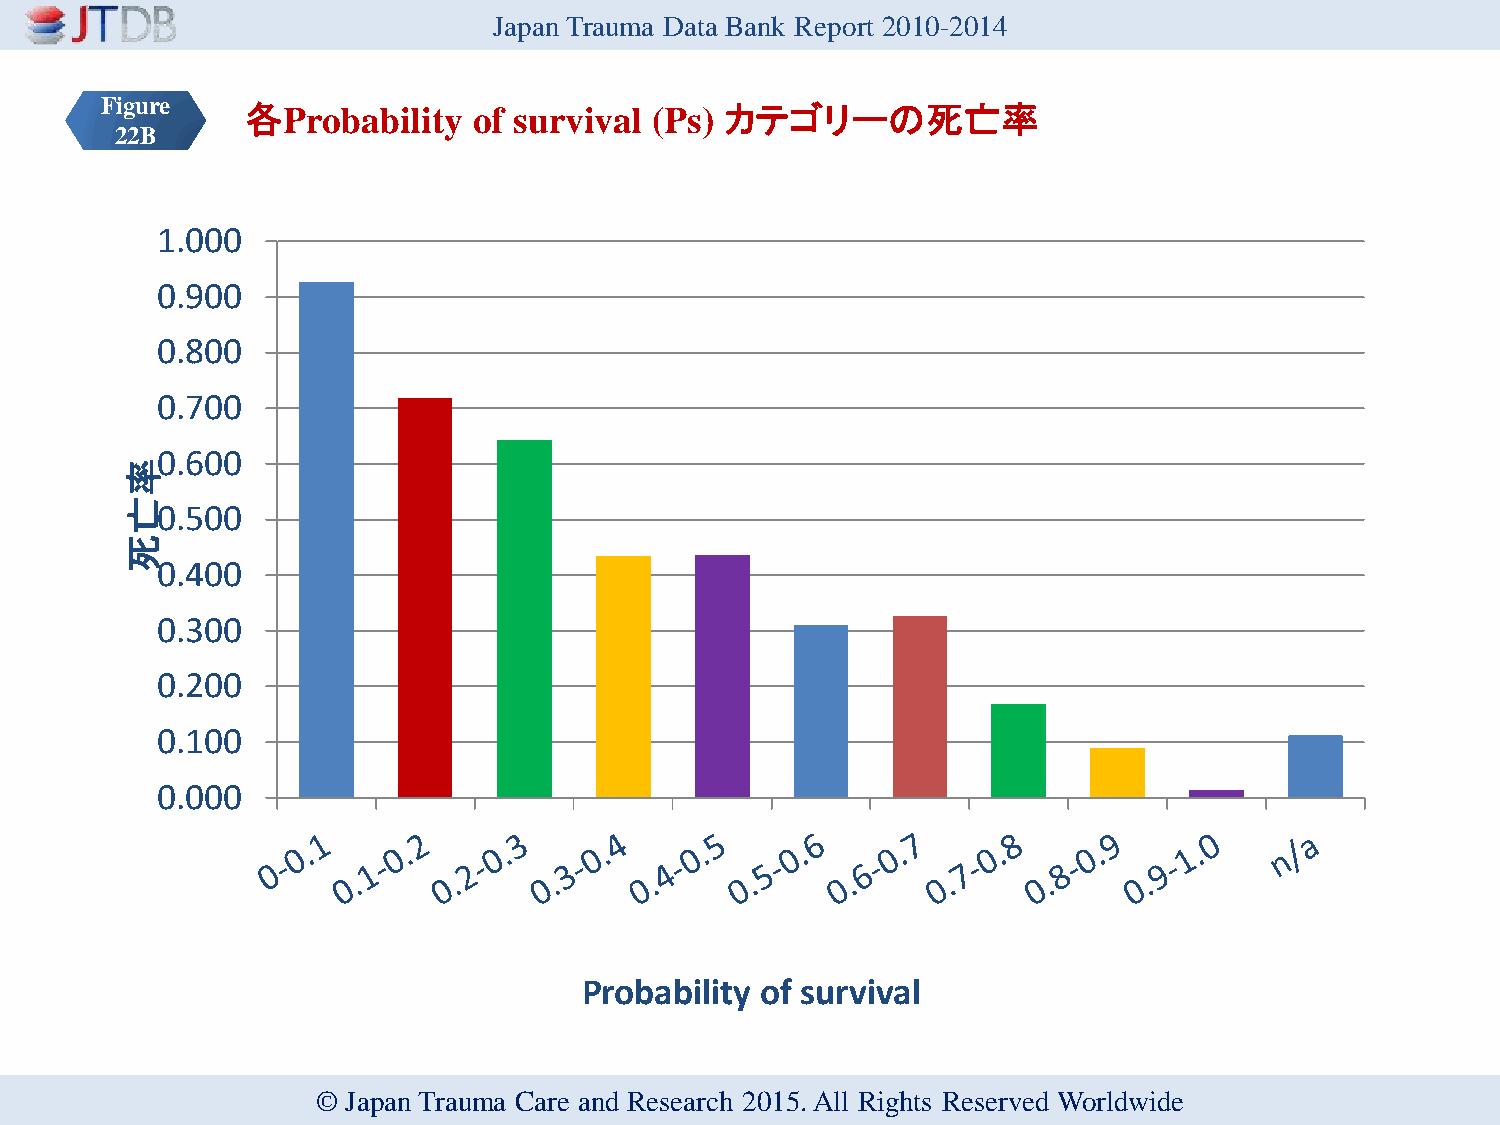
Japan Trauma Data Bank Report 2010-2014
 Figure   各Probability   of survival (Ps) カテゴリーの死亡率
 22B
 1.000
 0.900
 0.800
 0.700
 0.600
 率
 亡0.500
 死
 0.400
 0.300
 0.200
 0.100
 0.000
 Probability of survival
 © Japan Trauma Care and Research 2015. All Rights Reserved Worldwide